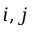
i , j